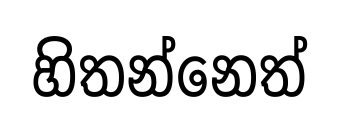
හිතන්නෙත්